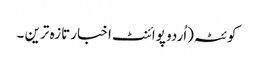
کوئٹہ(اُردو پوائنٹ اخبار تازہ ترین ۔